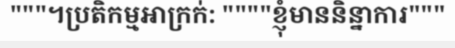
"""។ប្រតិកម្មអាក្រក់: """"ខ្ញុំមាននិន្នាការ"""